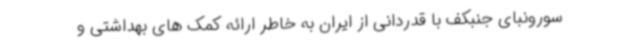
سورونبای جنبکف با قدردانی از ایران به خاطر ارائه کمک های بهداشتی و